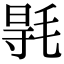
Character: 𣮊